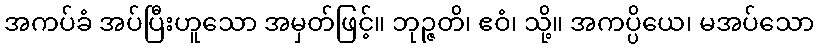
အကပ်ခံ အပ်ပြီးဟူသော အမှတ်ဖြင့်။ ဘုဉ္ဇတိ၊ ဧဝံ၊ သို့။ အကပ္ပိယေ၊ မအပ်သော